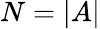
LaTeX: N=|A|